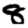
Digit: 8